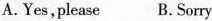
A.Yes,please B. Sorry